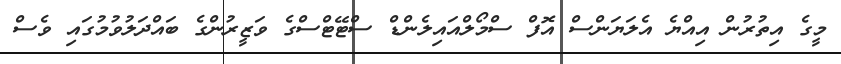
މީގެ އިތުރުން އިއްޔެ އެލަޔަންސް އޮފް ސްމޯލްއައިލެންޑް ސްޓޭޓްސްގެ ވަޒީރުންގެ ބައްދަލުވުމުގައި ވެސް